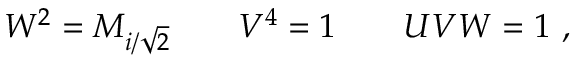
W ^ { 2 } = M _ { i / \sqrt 2 } \qquad V ^ { 4 } = 1 \qquad U V W = 1 \ ,